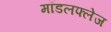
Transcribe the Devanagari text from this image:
मॉडलफ्लेज